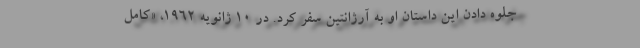
جلوه دادن این داستان او به آرژانتین سفر کرد. در 10 ژانویه 1962، «کامل